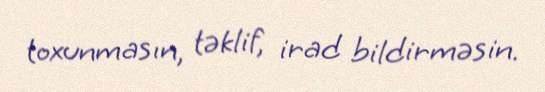
toxunmasın, təklif, irad bildirməsin.